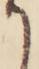
て